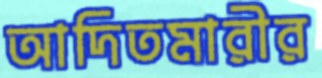
আদিতমারীর